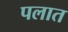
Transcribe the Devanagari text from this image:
पलात